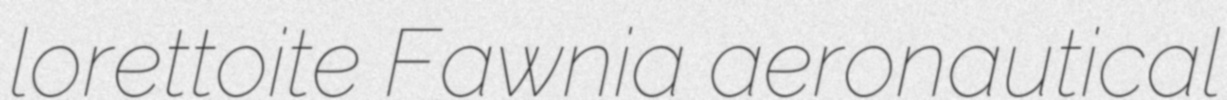
lorettoite Fawnia aeronautical